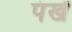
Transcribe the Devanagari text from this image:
पंखें